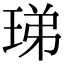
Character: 珶